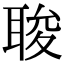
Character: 𮋰